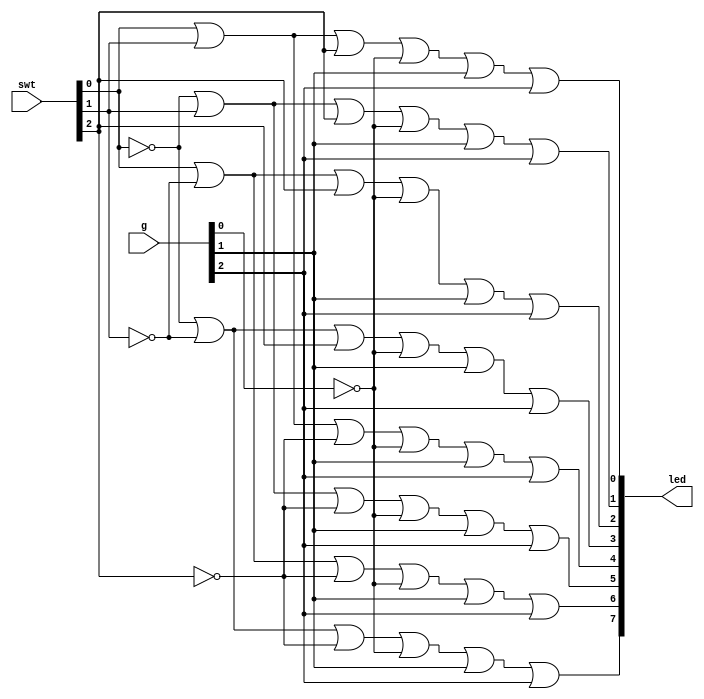
`timescale 1ns / 1ps
//////////////////////////////////////////////////////////////////////////////////
// Company: 
// Engineer: 
// 
// Design Name: 
// Module Name: project_1
// Project Name: 
// Target Devices: 
// Tool Versions: 
// Description: 
// 
// Dependencies: 
// 
// Revision:
// Revision 0.01 - File Created
// Additional Comments:
// 
//////////////////////////////////////////////////////////////////////////////////


module project_1(
    input [2:0] swt,
    input [2:0] g,
    output [7:0] led
    );
    
    //use De Morgan's Law
    assign led[0]=swt[0] | swt[1] | swt[2]| ~g[0] | g[1] | g[2];
    assign led[1]=~swt[0] | swt[1] | swt[2]| ~g[0] | g[1] | g[2];
    assign led[2]=swt[0] | ~swt[1] | swt[2]| ~g[0] | g[1] | g[2];
    assign led[3]=~swt[0] | ~swt[1] | swt[2]| ~g[0] | g[1] | g[2];
    assign led[4]=swt[0] | swt[1] | ~swt[2]| ~g[0] | g[1] | g[2];
    assign led[5]=~swt[0] | swt[1] | ~swt[2]| ~g[0] | g[1] | g[2];
    assign led[6]=swt[0] | ~swt[1] | ~swt[2]| ~g[0] | g[1] | g[2];
    assign led[7]=~swt[0] | ~swt[1] | ~swt[2]| ~g[0] | g[1] | g[2];
    
endmodule